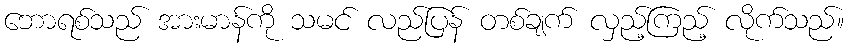
ဘောရစ်သည် အားမာန်ကို သမင် လည်ပြန် တစ်ချက် လှည့်ကြည့် လိုက်သည်။